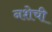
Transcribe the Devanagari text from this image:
नशेची